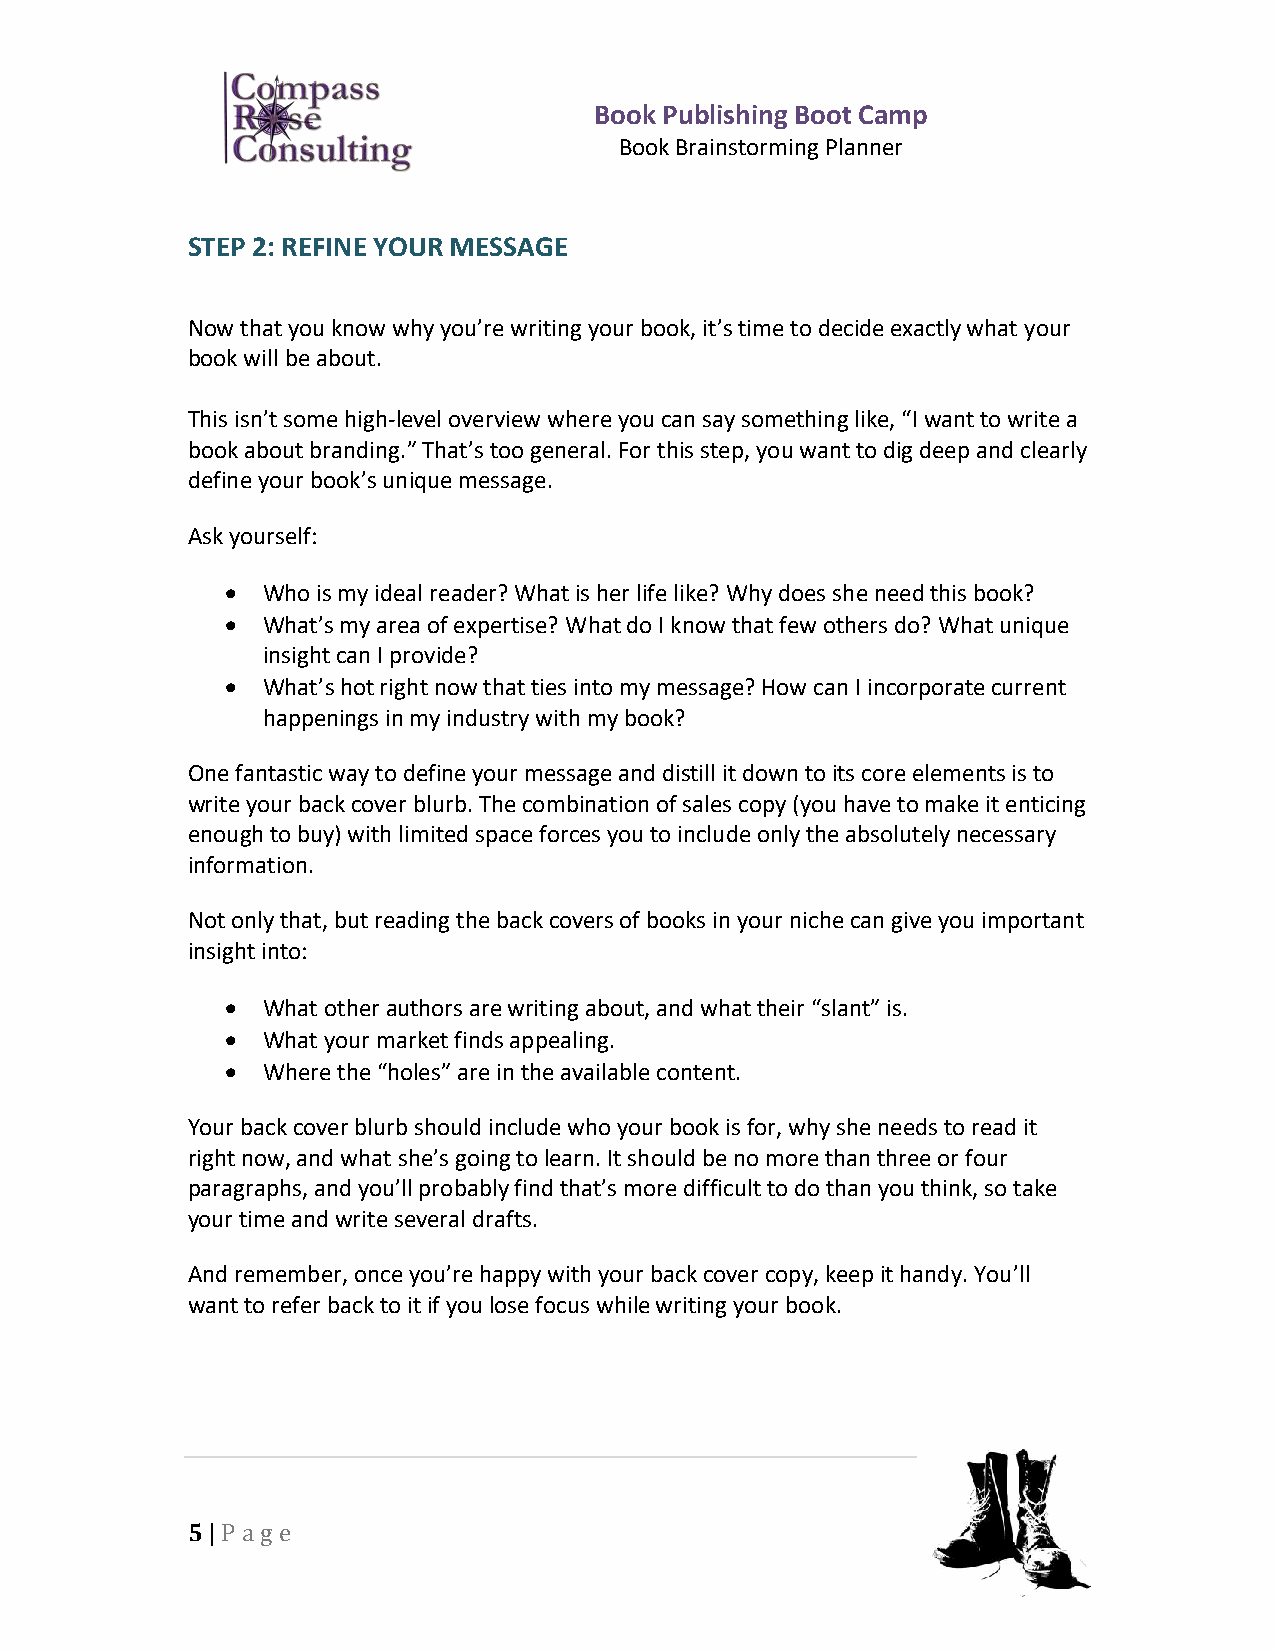
Book Publishing Boot Camp
 Book Brainstorming Planner
 STEP 2: REFINE YOUR MESSAGE
 Now that you know why you’re writing your book, it’s time to decide exactly what your
 book will be about.
 This isn’t some high-level overview where you can say something like, “I want to write a
 book about branding.” That’s too general. For this step, you want to dig deep and clearly
 define your book’s unique message.
 Ask yourself:
 • Who is my ideal reader? What is her life like? Why does she need this book?
 • What’s my area of expertise? What do I know that few others do? What unique
 insight can I provide?
 • What’s hot right now that ties into my message? How can I incorporate current
 happenings in my industry with my book?
 One fantastic way to define your message and distill it down to its core elements is to
 write your back cover blurb. The combination of sales copy (you have to make it enticing
 enough to buy) with limited space forces you to include only the absolutely necessary
 information.
 Not only that, but reading the back covers of books in your niche can give you important
 insight into:
 • What other authors are writing about, and what their “slant” is.
 • What your market finds appealing.
 • Where the “holes” are in the available content.
 Your back cover blurb should include who your book is for, why she needs to read it
 right now, and what she’s going to learn. It should be no more than three or four
 paragraphs, and you’ll probably find that’s more difficult to do than you think, so take
 your time and write several drafts.
 And remember, once you’re happy with your back cover copy, keep it handy. You’ll
 want to refer back to it if you lose focus while writing your book.
 5 | P a ge